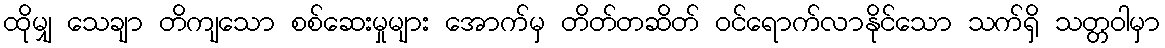
ထိုမျှ သေချာ တိကျသော စစ်ဆေးမှုများ အောက်မှ တိတ်တဆိတ် ဝင်ရောက်လာနိုင်သော သက်ရှိ သတ္တဝါမှာ